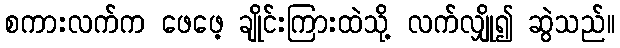
စကားလက်က ဖေဖေ့ ချိုင်းကြားထဲသို့ လက်လျှို၍ ဆွဲသည်။